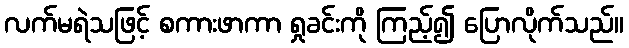
လက်မရဲသဖြင့် စကားဖာကာ ရှုခင်းကို ကြည့်၍ ပြောလိုက်သည်။